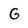
Character: G